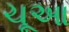
ચૂઆ